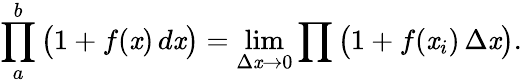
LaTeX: \prod_{a}^{b}{\big(}1+f(\mathit{x})\, d\mathit{x}{\big)}=\operatorname*{lim}_{\Delta\mathit{x}\to0}\prod{\big(}1+f(\mathit{x}_{i})\, \Delta\mathit{x}{\big)}.